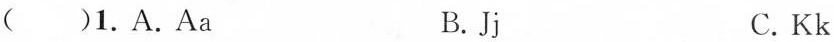
( )1.A.Aa B.Jj C.Kk